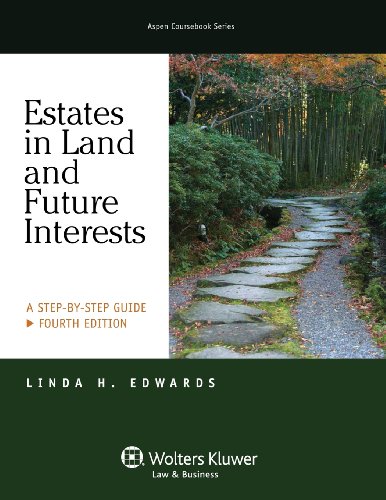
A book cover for Estates in Land & Future Interests: A Step By Step Guide, Fourth Edition (Aspen Coursebook); Linda H. Edwards; Law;